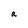
Character: R